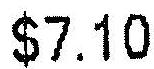
$7.10